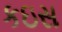
કઇસ